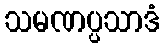
သမဏပ္ပသာဒံ